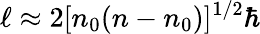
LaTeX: \ell\approx 2[n_{0}(n-n_{0})]^{1/2}\hbar